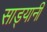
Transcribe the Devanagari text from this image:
साड्यानी